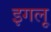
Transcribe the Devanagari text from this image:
इगलू